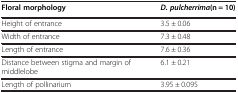
<table><thead><tr><td><b>Floral morphology</b></td><td><b><i>D. pulcherrima</i>(n = 10)</b></td></tr></thead><tbody><tr><td>Height of entrance</td><td>3.5 ± 0.06</td></tr><tr><td>Width of entrance</td><td>7.3 ± 0.48</td></tr><tr><td>Length of entrance</td><td>7.6 ± 0.36</td></tr><tr><td>Distance between stigma and margin of middlelobe</td><td>6.1 ± 0.21</td></tr><tr><td>Length of pollinarium</td><td>3.95 ± 0.095</td></tr></tbody></table>